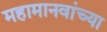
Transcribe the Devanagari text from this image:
महामानवांच्या